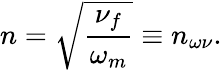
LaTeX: n=\sqrt{\frac{\nu_{f}}{\omega_{m}}}\equiv n_{\omega\nu}.